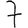
Digit: 7